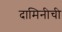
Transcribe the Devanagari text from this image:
दामिनीची